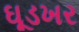
ઘૂડખર